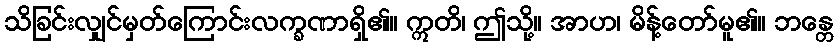
သိခြင်းလျှင်မှတ်ကြောင်းလက္ခဏာရှိ၏။ ဣတိ၊ ဤသို့။ အာဟ၊ မိန့်တော်မူ၏။ ဘန္တေ